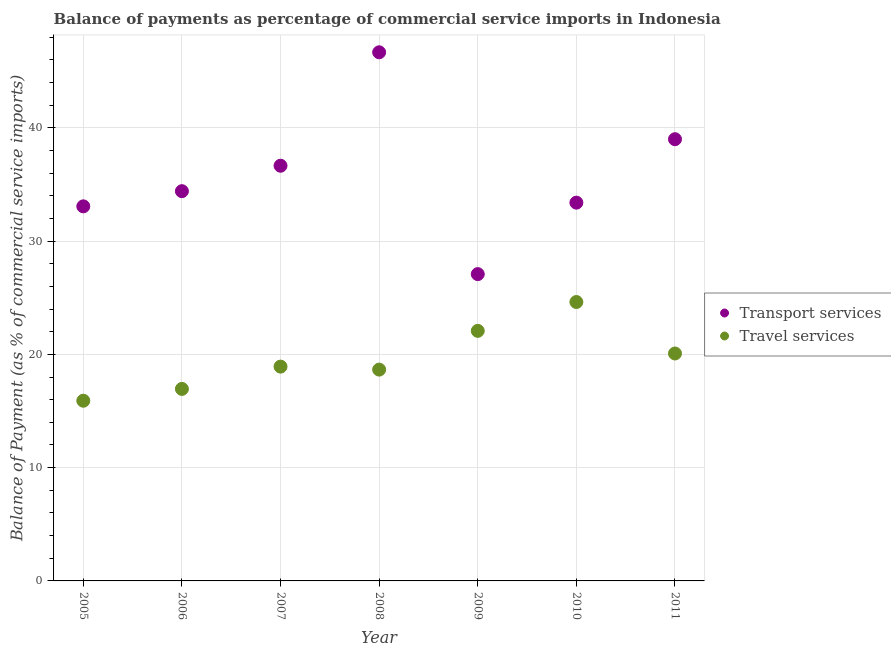
| Year | Transport services | Travel services |
 | --- | --- | --- |
 | 2005 | 33.1 | 15.9 |
 | 2006 | 34.4 | 17 |
 | 2007 | 36.7 | 18.9 |
 | 2008 | 46.7 | 18.7 |
 | 2009 | 27.1 | 22.1 |
 | 2010 | 33.4 | 24.6 |
 | 2011 | 39 | 20.1 |